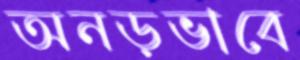
অনড়ভাবে